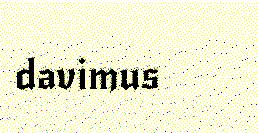
davimus